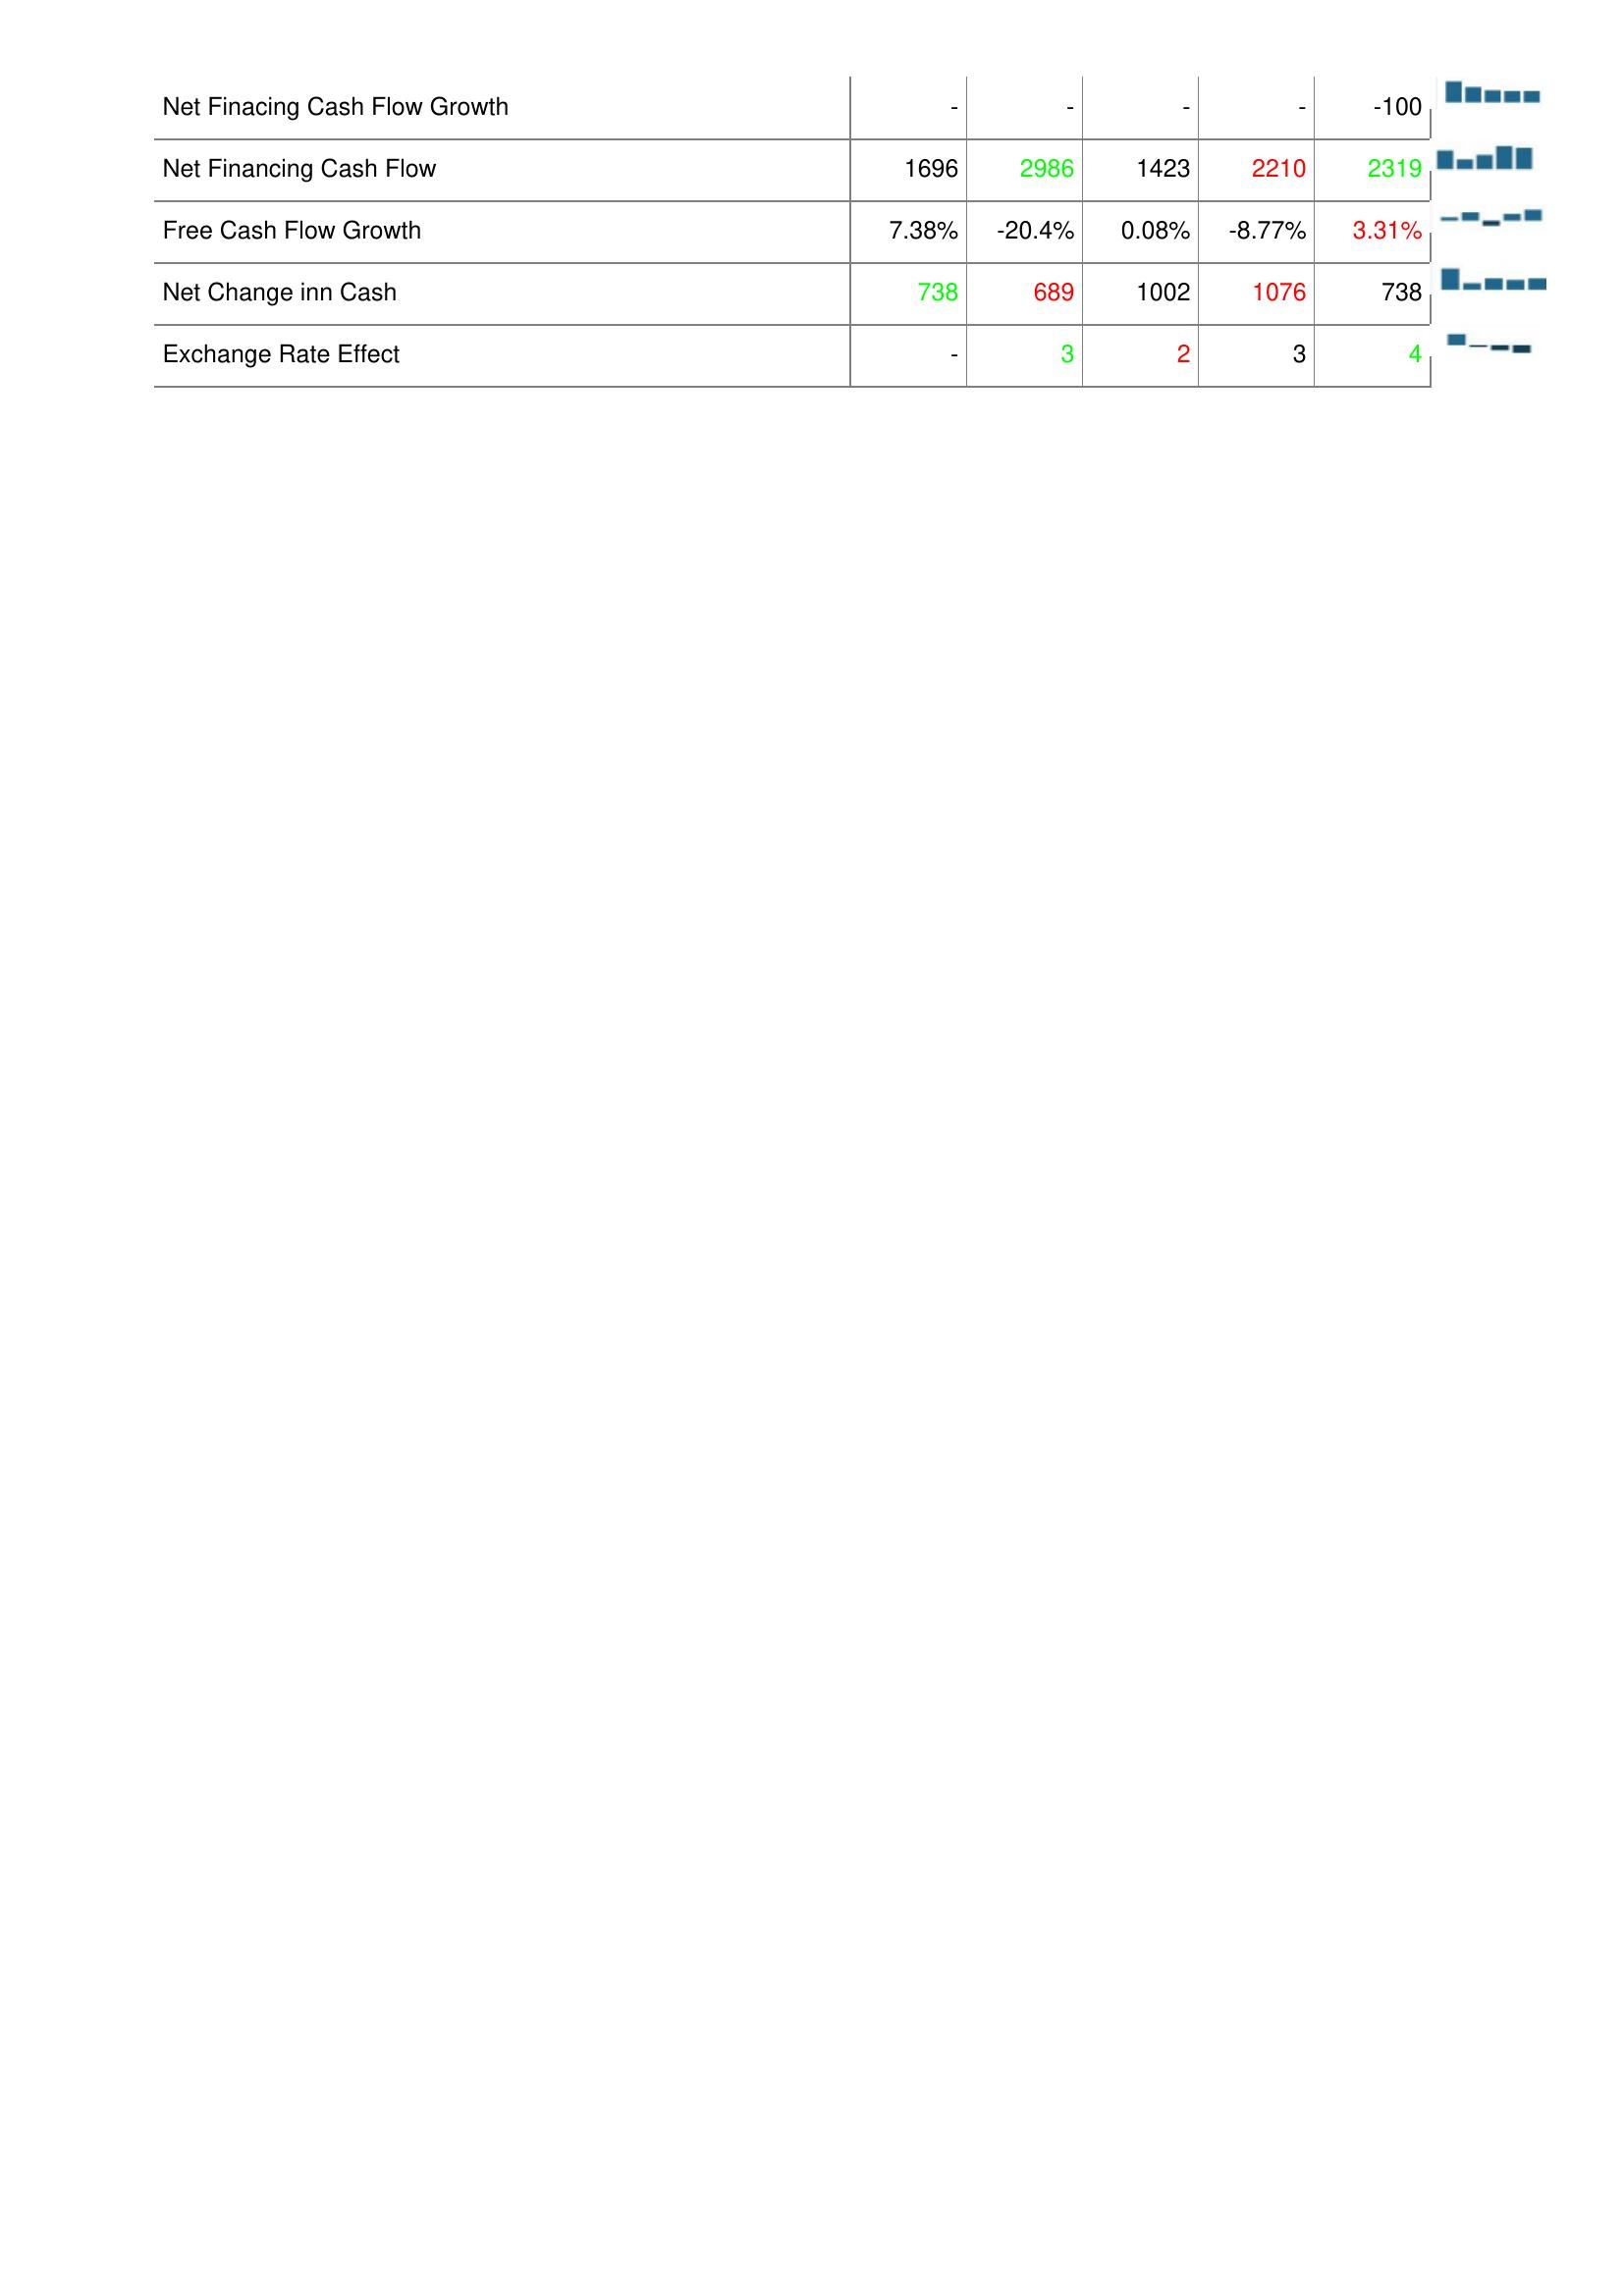
2019: Financing Activities: Net Finacing Cash Flow Growth: -
Net Financing Cash Flow: 1696
Free Cash Flow Growth: 7.38%
Net Change inn Cash: 738
Exchange Rate Effect: -
2020: Financing Activities: Net Finacing Cash Flow Growth: -
Net Financing Cash Flow: 2986
Free Cash Flow Growth: -20.4%
Net Change inn Cash: 689
Exchange Rate Effect: 3
2021: Financing Activities: Net Finacing Cash Flow Growth: -
Net Financing Cash Flow: 1423
Free Cash Flow Growth: 0.08%
Net Change inn Cash: 1002
Exchange Rate Effect: 2
2022: Financing Activities: Net Finacing Cash Flow Growth: -
Net Financing Cash Flow: 2210
Free Cash Flow Growth: -8.77%
Net Change inn Cash: 1076
Exchange Rate Effect: 3
2023: Financing Activities: Net Finacing Cash Flow Growth: -100
Net Financing Cash Flow: 2319
Free Cash Flow Growth: 3.31%
Net Change inn Cash: 738
Exchange Rate Effect: 4